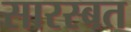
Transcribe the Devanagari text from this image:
सारस्बत